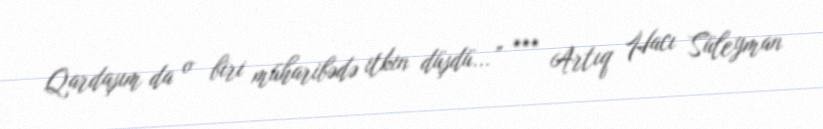
Qardaşım da o biri müharibədə itkin düşdü...” *** Artıq Hacı Süleyman